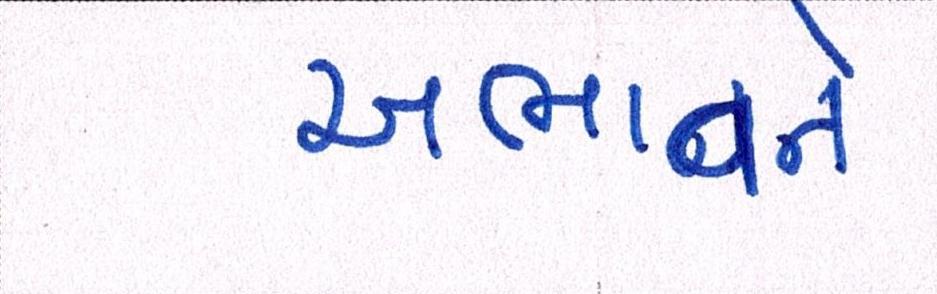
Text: અભાવને